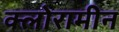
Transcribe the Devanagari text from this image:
क्लोरामीन